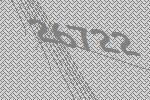
26722